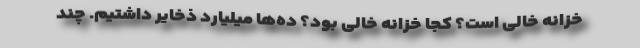
خزانه خالی است؟ کجا خزانه خالی بود؟ ده‌ها میلیارد ذخایر داشتیم. چند